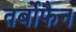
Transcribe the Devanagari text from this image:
तर्बोफैन